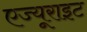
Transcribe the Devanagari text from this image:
एज्यूराइट